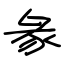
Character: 彖